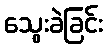
သွေးခဲခြင်း